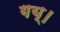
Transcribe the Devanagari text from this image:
गय्।